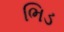
ભિડ